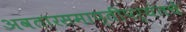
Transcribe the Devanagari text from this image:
अवतारसमाप्तीपर्यंतचे